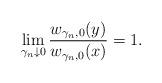
LaTeX: \begin{align*}\lim_{\gamma_n\downarrow 0} \frac{w_{\gamma_n,0}(y)}{w_{\gamma_n,0}(x)}=1. \end{align*}